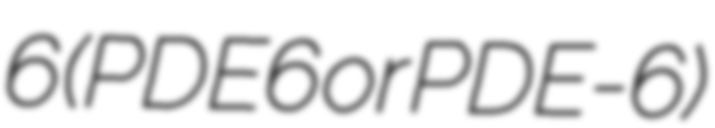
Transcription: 6 (PDE6 or PDE-6)